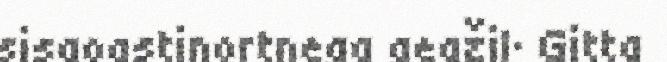
sisaoastinortnega geažil· Gitta